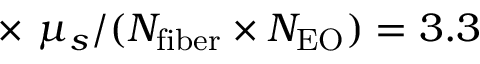
\times ~ \mu _ { s } / ( N _ { \mathrm { f i b e r } } \times N _ { \mathrm { E O } } ) = 3 . 3